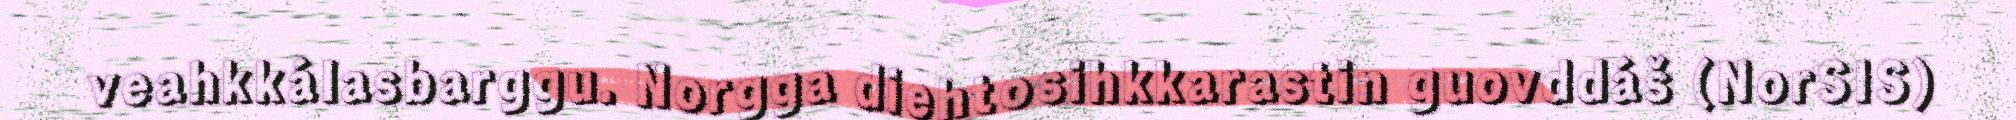
veahkkálasbarggu. Norgga diehtosihkkarastin guovddáš (NorSIS)